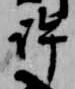
許